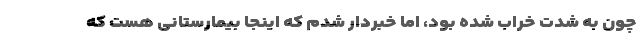
چون به شدت خراب شده بود، اما خبردار شدم که اینجا بیمارستانی هست که